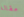
مقالة